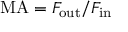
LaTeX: \mathrm { M A } = F _ { \mathrm { o u t } } / F _ { \mathrm { i n } }